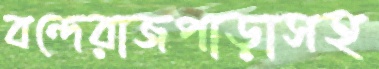
বন্দেরাজপাড়াসহ